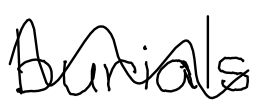
Text: burials
Cross-out: wave
Writing tool: digital_black